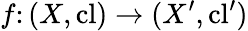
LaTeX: f\colon(X,\mathrm{cl})\to(X^{\prime},\mathrm{cl}^{\prime})